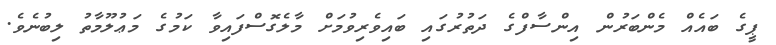
ޕީގެ ބައެއް މެންބަރުން އިންސާފްގެ ދަތުރުގައި ބައިވެރިވުމަށް މާލެގޮސްފައިވާ ކަމުގެ މަޢުލޫމާތު ލިބުނެވެ.